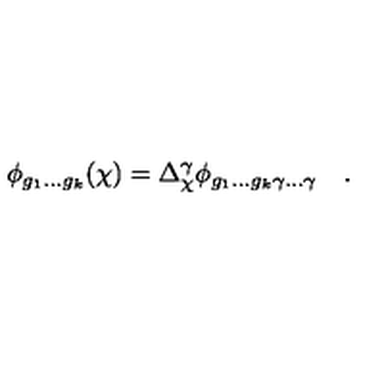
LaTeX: \phi _ { g _ { 1 } . . . g _ { k } } ( \chi ) = \Delta _ { \chi } ^ { \gamma } \phi _ { g _ { 1 } . . . g _ { k } \gamma . . . \gamma } \quad .